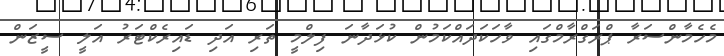
މެހެމާންސަރާ ޕްރަގްރާމްގައި ވާހަކަދައްކަމުން ކުޅަދާނަ ފިލްމީ ތަރި އަދި ޑައިރެކްޓަރު އަލީ ސީޒަން